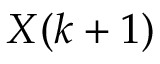
X ( k + 1 )